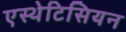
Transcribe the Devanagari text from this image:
एस्थेटिसियन